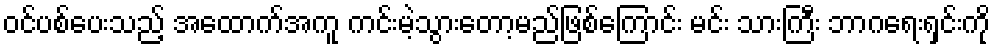
ဝင်ပစ်ပေးသည့် အထောက်အကူ ကင်းမဲ့သွားတော့မည်ဖြစ်ကြောင်း မင်း သားကြီး ဘာဂရေးရှင်းကို